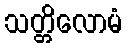
သတ္တိလောမံ